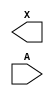
/**
 * Copyright 2020 The SkyWater PDK Authors
 *
 * Licensed under the Apache License, Version 2.0 (the "License");
 * you may not use this file except in compliance with the License.
 * You may obtain a copy of the License at
 *
 *     https://www.apache.org/licenses/LICENSE-2.0
 *
 * Unless required by applicable law or agreed to in writing, software
 * distributed under the License is distributed on an "AS IS" BASIS,
 * WITHOUT WARRANTIES OR CONDITIONS OF ANY KIND, either express or implied.
 * See the License for the specific language governing permissions and
 * limitations under the License.
 *
 * SPDX-License-Identifier: Apache-2.0
 */

`ifndef SKY130_FD_SC_HS__DLYGATE4SD3_BLACKBOX_V
`define SKY130_FD_SC_HS__DLYGATE4SD3_BLACKBOX_V

/**
 * dlygate4sd3: Delay Buffer 4-stage 0.50um length inner stage gates.
 *
 * Verilog stub definition (black box without power pins).
 *
 * WARNING: This file is autogenerated, do not modify directly!
 */

`timescale 1ns / 1ps
`default_nettype none

(* blackbox *)
module sky130_fd_sc_hs__dlygate4sd3 (
    X,
    A
);

    output X;
    input  A;

    // Voltage supply signals
    supply1 VPWR;
    supply0 VGND;

endmodule

`default_nettype wire
`endif  // SKY130_FD_SC_HS__DLYGATE4SD3_BLACKBOX_V